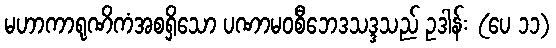
မဟာကာရုဏိကံအစရှိသော ပဏာမဝစီဘေဒသဒ္ဒသည် ဥဒါန်း (ပေ ၁၁)